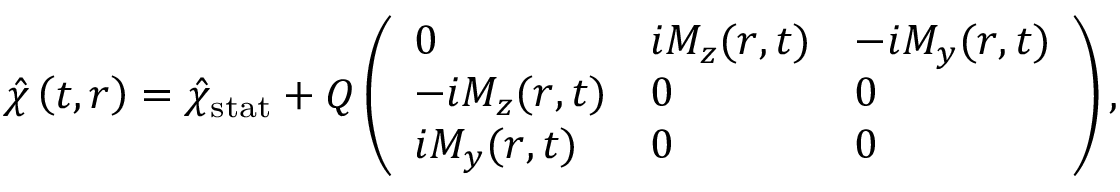
\hat { \chi } \left( t , \boldsymbol { r } \right) = { \hat { \chi } } _ { \mathrm { s t a t } } + Q \left( \begin{array} { l l l } { 0 } & { i M _ { z } ( { \boldsymbol { r } } , t ) } & { - i M _ { y } ( { \boldsymbol { r } } , t ) } \\ { - i M _ { z } ( { \boldsymbol { r } } , t ) } & { 0 } & { 0 } \\ { i M _ { y } ( { \boldsymbol { r } } , t ) } & { 0 } & { 0 } \end{array} \right) ,